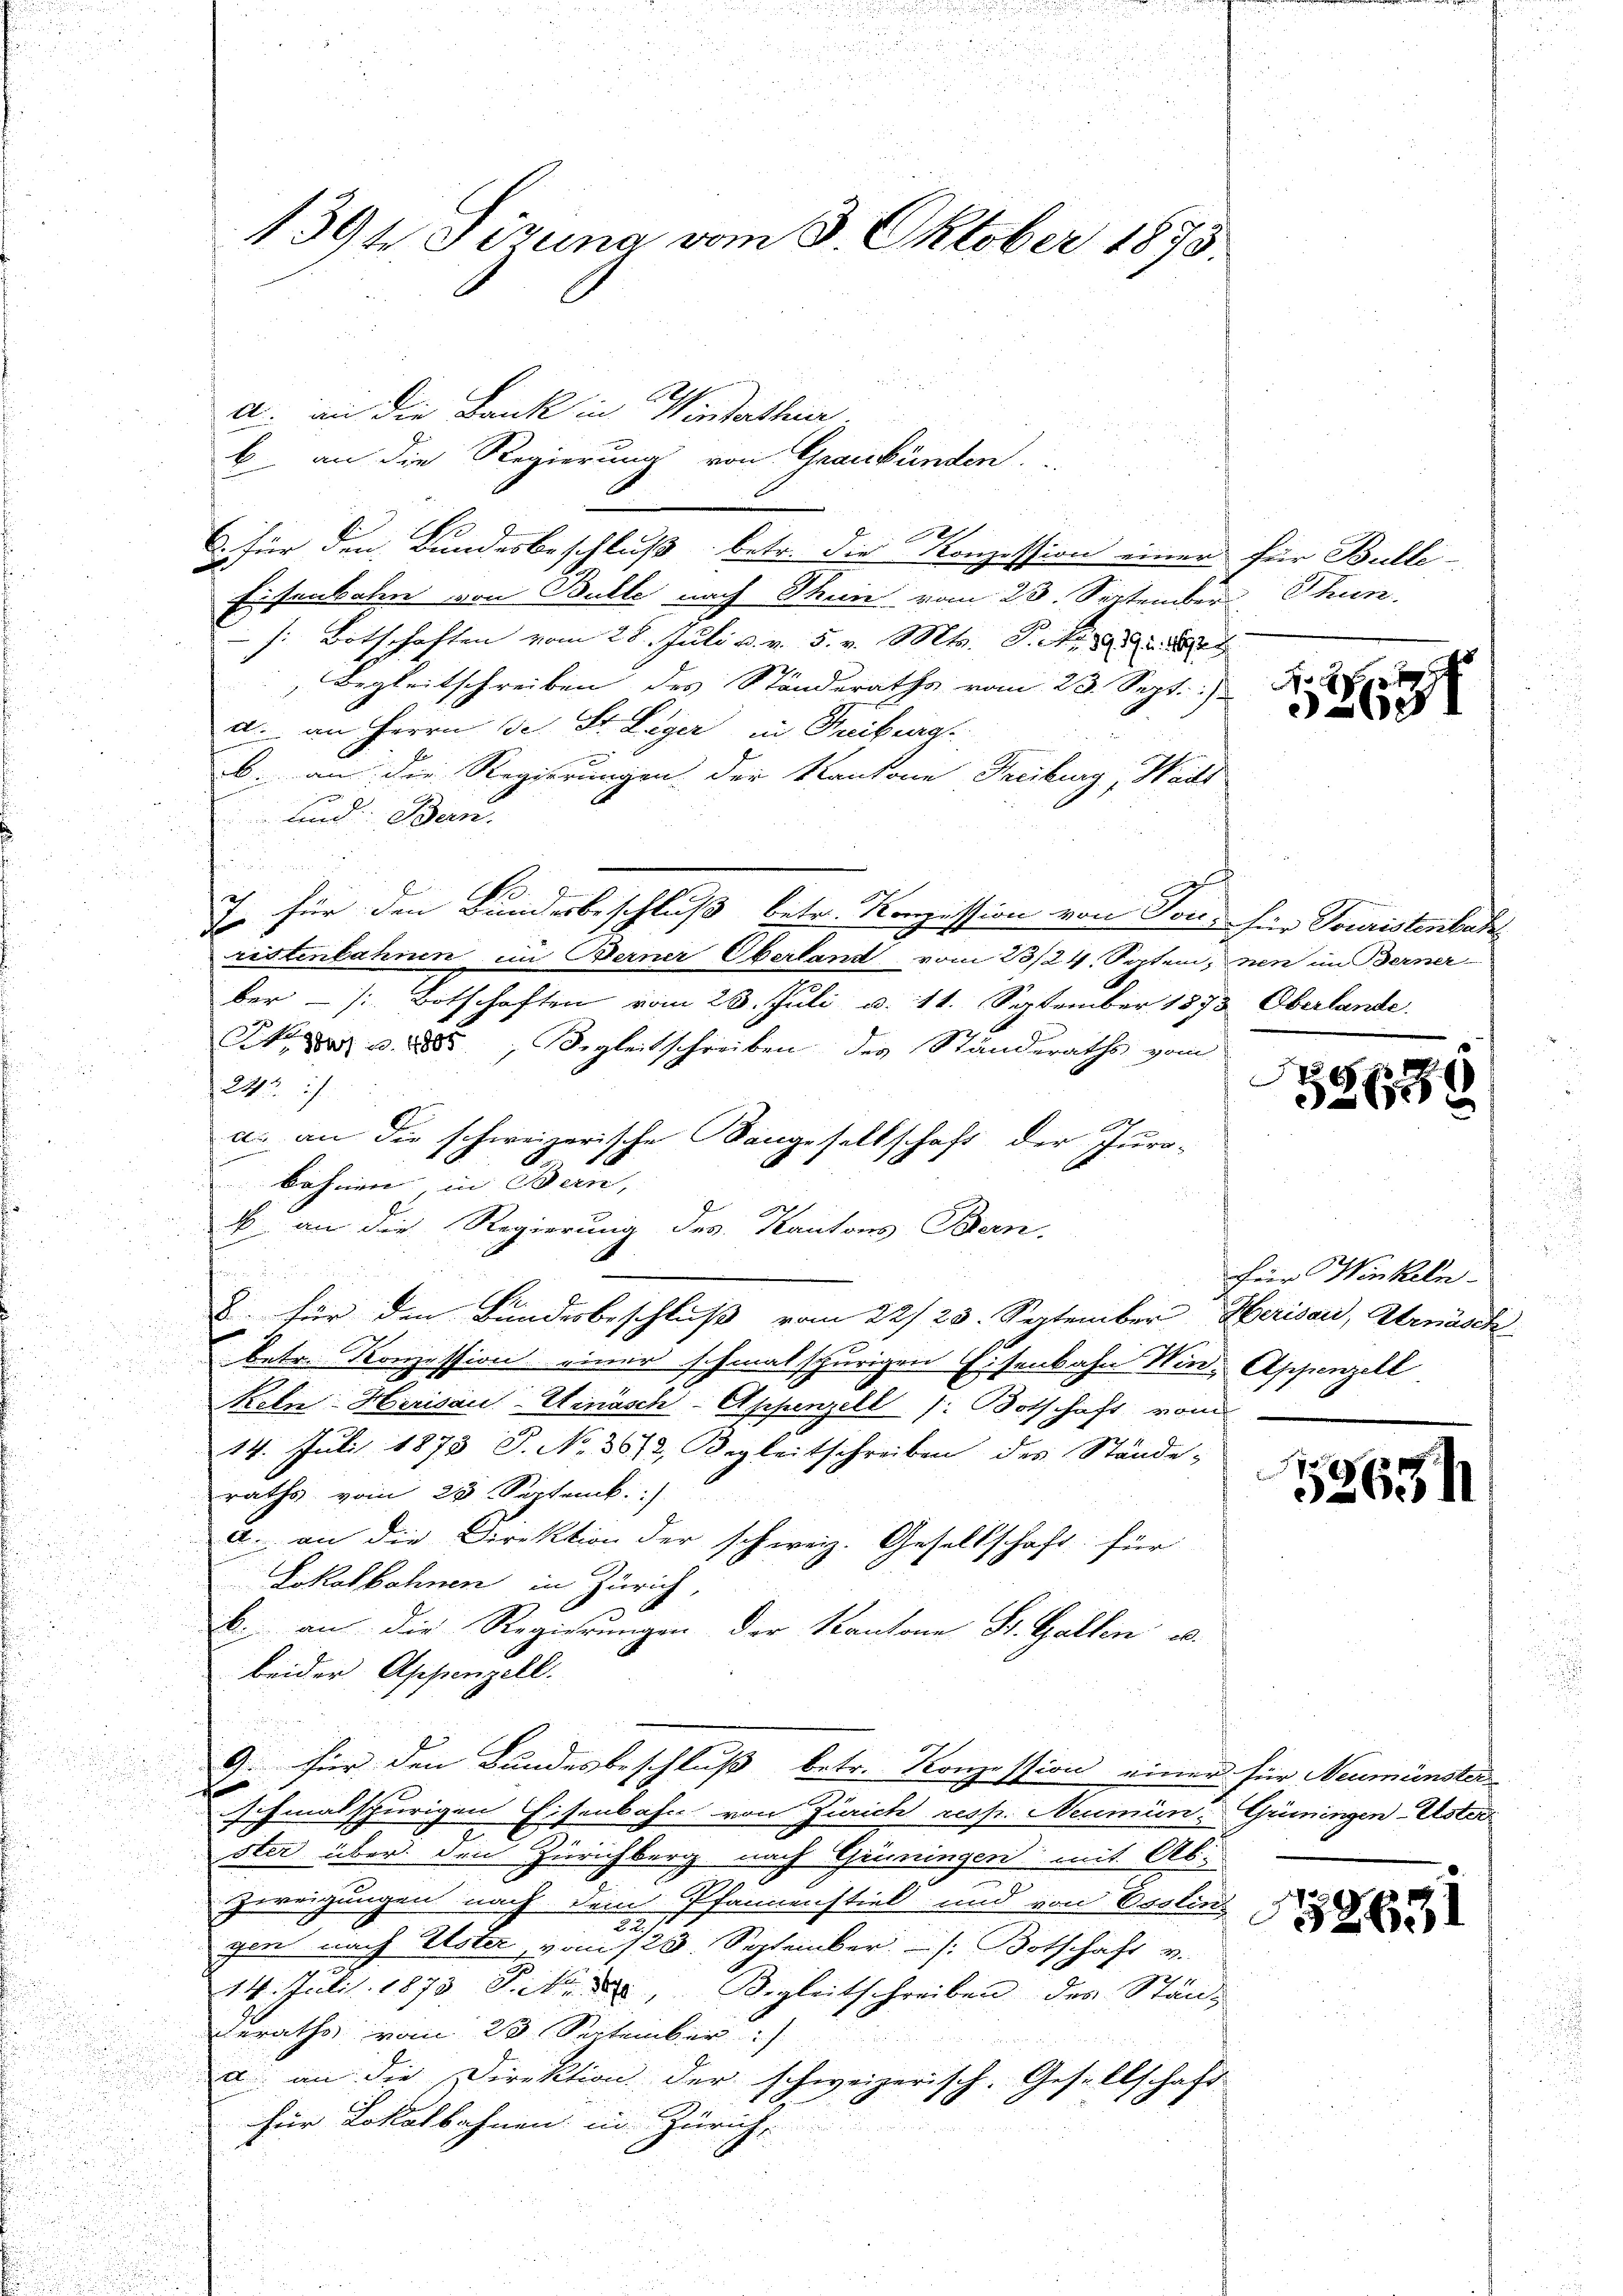
1394 Sizung vom 3. Oktober 1875.

a. an die Bank in Winterthei
b. an die Regierung von Graubünden
. für den Bundesbeschluß betr. die Konzession einer
Eisenbahn von Bulle nach Thun vom 23. September Thun.
[: Botschaften vom 28. Juli u. v. 5. v. Mts. S. in
Begleitschreiben des Ständeraths vom 23. Sept.
a. an Herrn Dr. St. Leger in Reiburg
.
b. an die Regierungen der Kantone Freiburg, Wais
 sind. Bern.

h
 für den Bundesbeschluß betr. Konzession von Ton für Fouristenbah
ristenbahnen im Berner Oberland vom 23/24. Septem, nen im Berner
ber  /: Botschaften vom 28. Juli u. 11. September 1873 Oberlande
N. 8 u. 1888, Segleitschreiben des Ständeraths vom
24
a. an die schweizerische angesellschaft der Juro-
bahnen, in Bern,
b. an die Regierung des Kantons Bern.
2. für den Bundesbeschluß vom 22/23. September Herisau, Arnäsch
betr. Konzession einer schmalschurigen Eisenbahn Wind, Appenzell
Keln: Herisau-Einäsch-Appenzell /: Botschaft vom
14. Juli 1873 J. No. 3612, Regleitschreiben des Stände,
raths vom 23. Septemb.)
a. an die Direktion der schweiz. Gesellschaft für
Lokalbahnen in Zürich,
b. an die Regierungen der Kantone St. Gallen u.
beider Appenzell.
9. für den Bundesbeschluß betr. Konzession einer für Neumünster
schmalspurigen Eisenbahn von Zürich resp. Neumün, Grüningen-Uster
ster über den Zürichberg nach Grüningen mit Abzweigungen nach dem Pfannenstiel und von Berlin
gen nach Elster, vom 128. September s. Botschaft v.
14. Juli 1873 Tit. Begleitschreiben des Stän-
derathe vom 28 September
a an die Direktion der schweizerisch. Gesellschaft
für Lokalbahnen in Zürich,

für Bulle-

Joc
263

6
613

Für Winkeln.

263